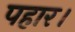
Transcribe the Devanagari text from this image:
पहार।